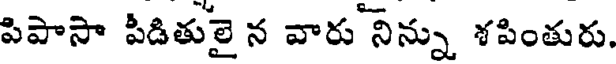
పిపాసా పీడితులై న వారు నిన్ను శపింతురు.